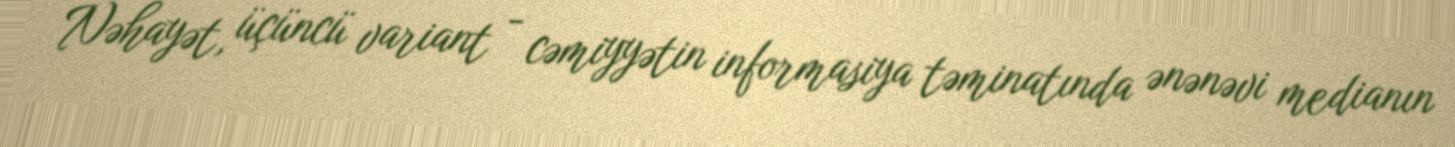
Nəhayət, üçüncü variant - cəmiyyətin informasiya təminatında ənənəvi medianın